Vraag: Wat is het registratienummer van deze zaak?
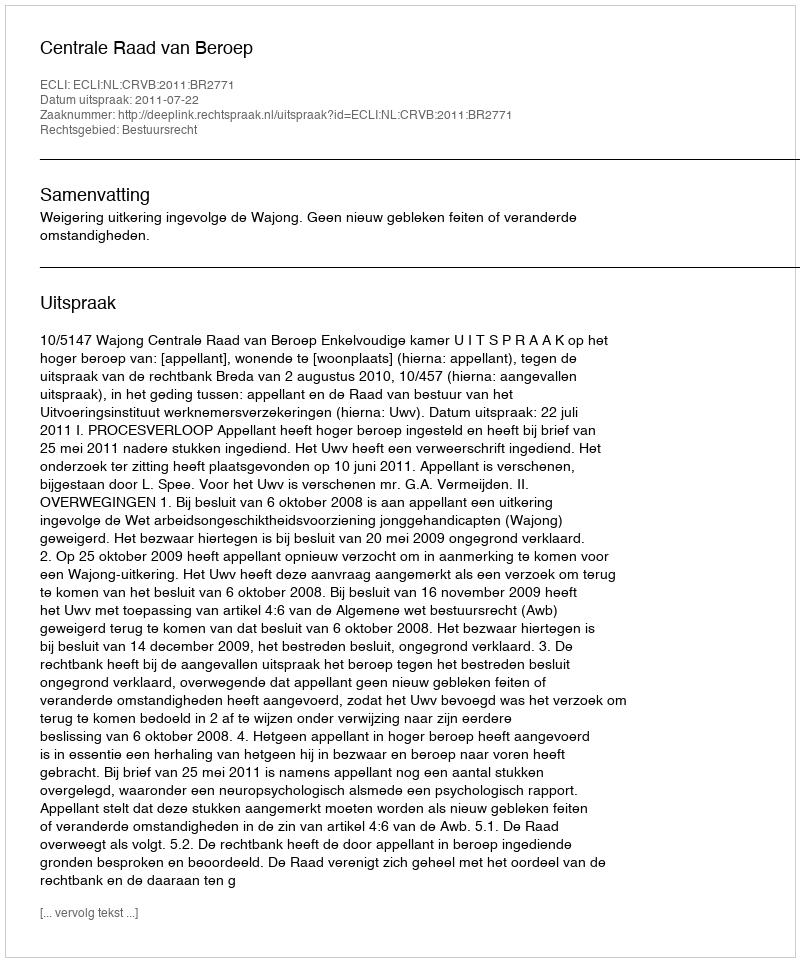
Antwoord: http://deeplink.rechtspraak.nl/uitspraak?id=ECLI:NL:CRVB:2011:BR2771